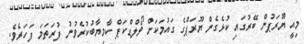
މިއީ ޔޫރަޕުން ބޭރުގައި ކުޅެގެން ޔޫރަޕްގެ ގައުމަކަށް ވޯލްޑްކަޕް ކާމިޔާބުކުރެވުނު ފުރަތަމަ ފަހަރެވެ.